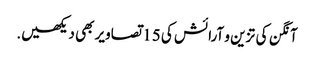
آنگن کی تزین و آرائش کی 15 تصاویر بھی دیکھیں.